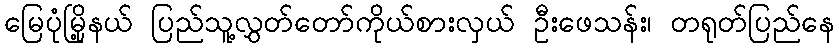
မြေပုံမြို့နယ် ပြည်သူ့လွှတ်တော်ကိုယ်စားလှယ် ဦးဖေသန်း၊ တရုတ်ပြည်နေ